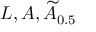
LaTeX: L , A , { \widetilde { A } } _ { 0 . 5 }